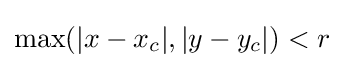
\max(|x-x_{c}|,|y-y_{c}|)<r